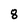
Character: 8